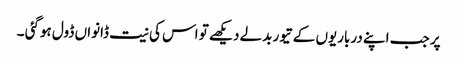
پر جب اپنے درباریوں کے تیور بدلے دیکھے تو اس کی نیت ڈانواں ڈول ہوگئی ۔